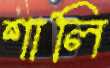
শালি